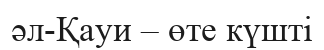
әл-Қауи – өте күшті